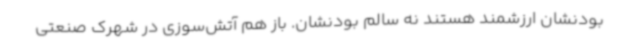
بودنشان ارزشمند هستند نه سالم بودنشان. باز هم آتش‌سوزی در شهرک صنعتی